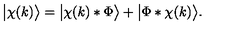
\big | \chi ( k ) \big \rangle = \big | \chi ( k ) * \Phi \big \rangle + \big | \Phi * \chi ( k ) \big \rangle .